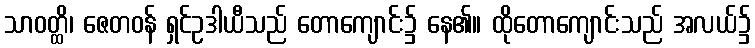
သာဝတ္ထိ၊ ဇေတဝန် ရှင်ဥဒါယီသည် တောကျောင်း၌ နေ၏။ ထိုတောကျောင်းသည် အလယ်၌